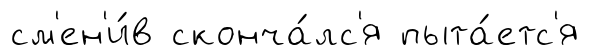
см'ен'и́в сконча́лс'я пыта́етс'я